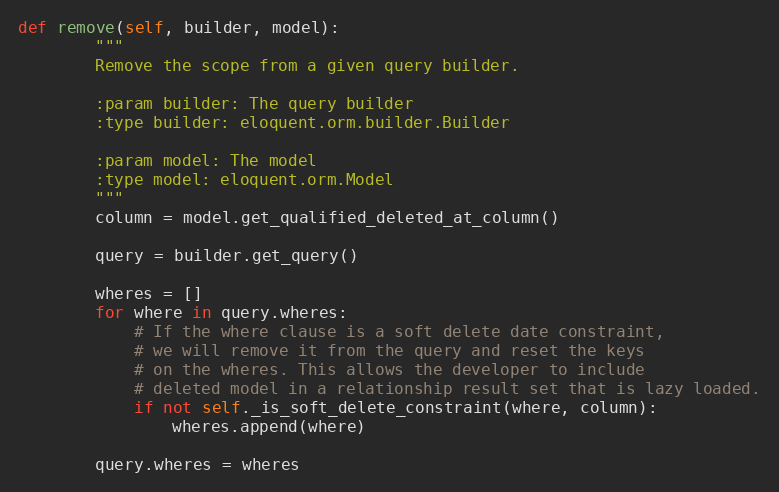
Language: Python
def remove(self, builder, model):
        """
        Remove the scope from a given query builder.

        :param builder: The query builder
        :type builder: eloquent.orm.builder.Builder

        :param model: The model
        :type model: eloquent.orm.Model
        """
        column = model.get_qualified_deleted_at_column()

        query = builder.get_query()

        wheres = []
        for where in query.wheres:
            # If the where clause is a soft delete date constraint,
            # we will remove it from the query and reset the keys
            # on the wheres. This allows the developer to include
            # deleted model in a relationship result set that is lazy loaded.
            if not self._is_soft_delete_constraint(where, column):
                wheres.append(where)

        query.wheres = wheres